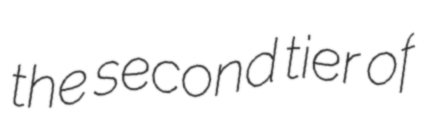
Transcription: the second tier of